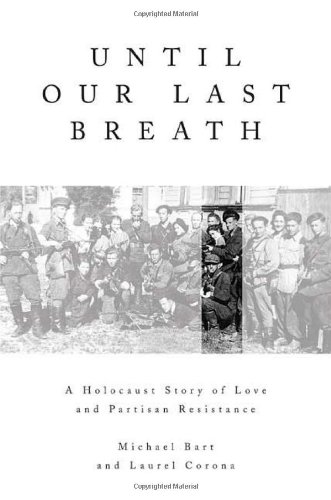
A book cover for Until Our Last Breath: A Holocaust Story of Love and Partisan Resistance; Michael Bart; Biographies & Memoirs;